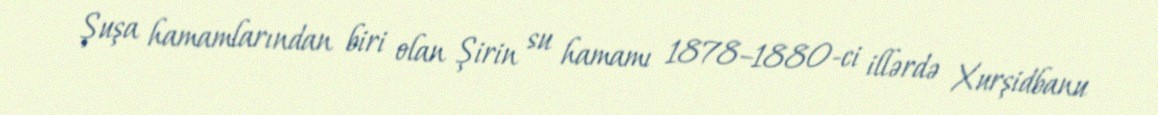
Şuşa hamamlarından biri olan Şirin su hamamı 1878–1880-ci illərdə Xurşidbanu